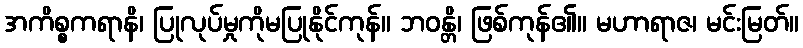
အကိစ္စကရာနိ၊ ပြုလုပ်မှုကိုမပြုနိုင်ကုန်။ ဘဝန္တိ၊ ဖြစ်ကုန်၏။ မဟာရာဇ၊ မင်းမြတ်။